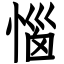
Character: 惱